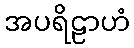
အပရိဠာဟံ